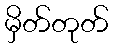
မှိတ်တုတ်